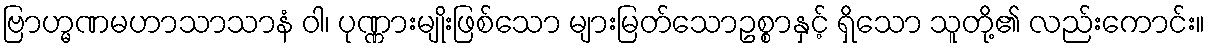
ဗြာဟ္မဏမဟာသာသာနံ ဝါ၊ ပုဏ္ဏားမျိုးဖြစ်သော များမြတ်သောဥစ္စာနှင့် ရှိသော သူတို့၏ လည်းကောင်း။